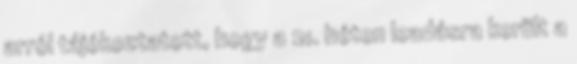
arról tájékoztatott, hogy a 21. héten leadásra került a